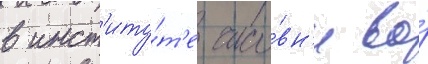
в инст'иту́т'е часо́вн'и во́